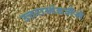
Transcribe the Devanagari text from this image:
उत्तराखंडजैसे